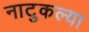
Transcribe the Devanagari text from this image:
नाटुकल्या